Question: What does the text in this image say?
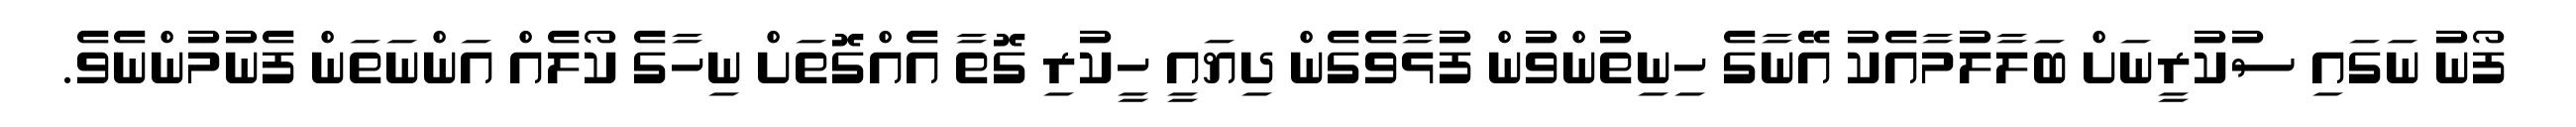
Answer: ފޯނު ނަގައި ސުކުރީނަށް ބަލާލުމާއެކު އޭނާގެ ހިނިތުންވުން ފުޅާވެގެން ދިޔައީ ހީކުރި ގޮތާ އެއްގޮތަށް ނިހާގެ ކޯލެއް އަންނަތަން ފެނުމުންނެވެ.